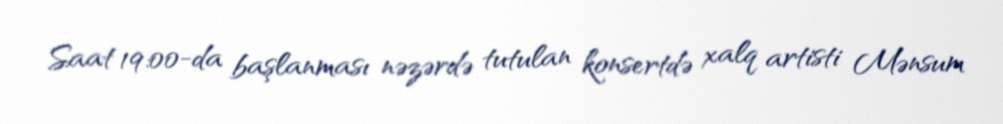
Saat 19:00-da başlanması nəzərdə tutulan konsertdə xalq artisti Mənsum